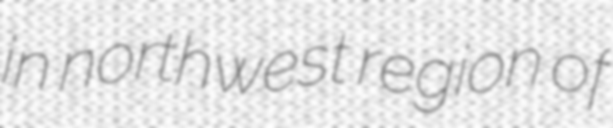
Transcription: in northwest region of